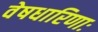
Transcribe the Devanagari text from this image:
वेषधारिणाः